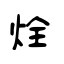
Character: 烇